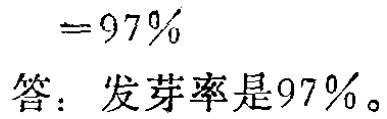
\begin{align*}

&=97\%\\

答：&发芽率是97\%。

\end{align*}